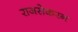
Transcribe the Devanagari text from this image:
राजसेकरन